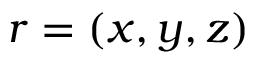
r = ( x , y , z )